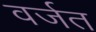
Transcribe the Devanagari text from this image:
वर्जत